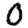
Digit: 0